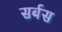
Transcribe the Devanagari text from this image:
सर्बस